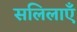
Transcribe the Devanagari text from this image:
सलिलाएँ